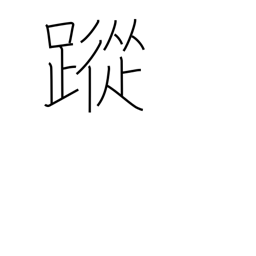
Meaning: footprints